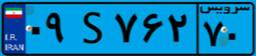
۲۴S۶۳۶۸۵